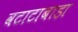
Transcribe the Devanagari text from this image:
वटाटाबाडा